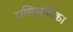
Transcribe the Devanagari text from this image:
मणिभूमिका